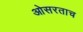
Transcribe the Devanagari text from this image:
ओसरताच